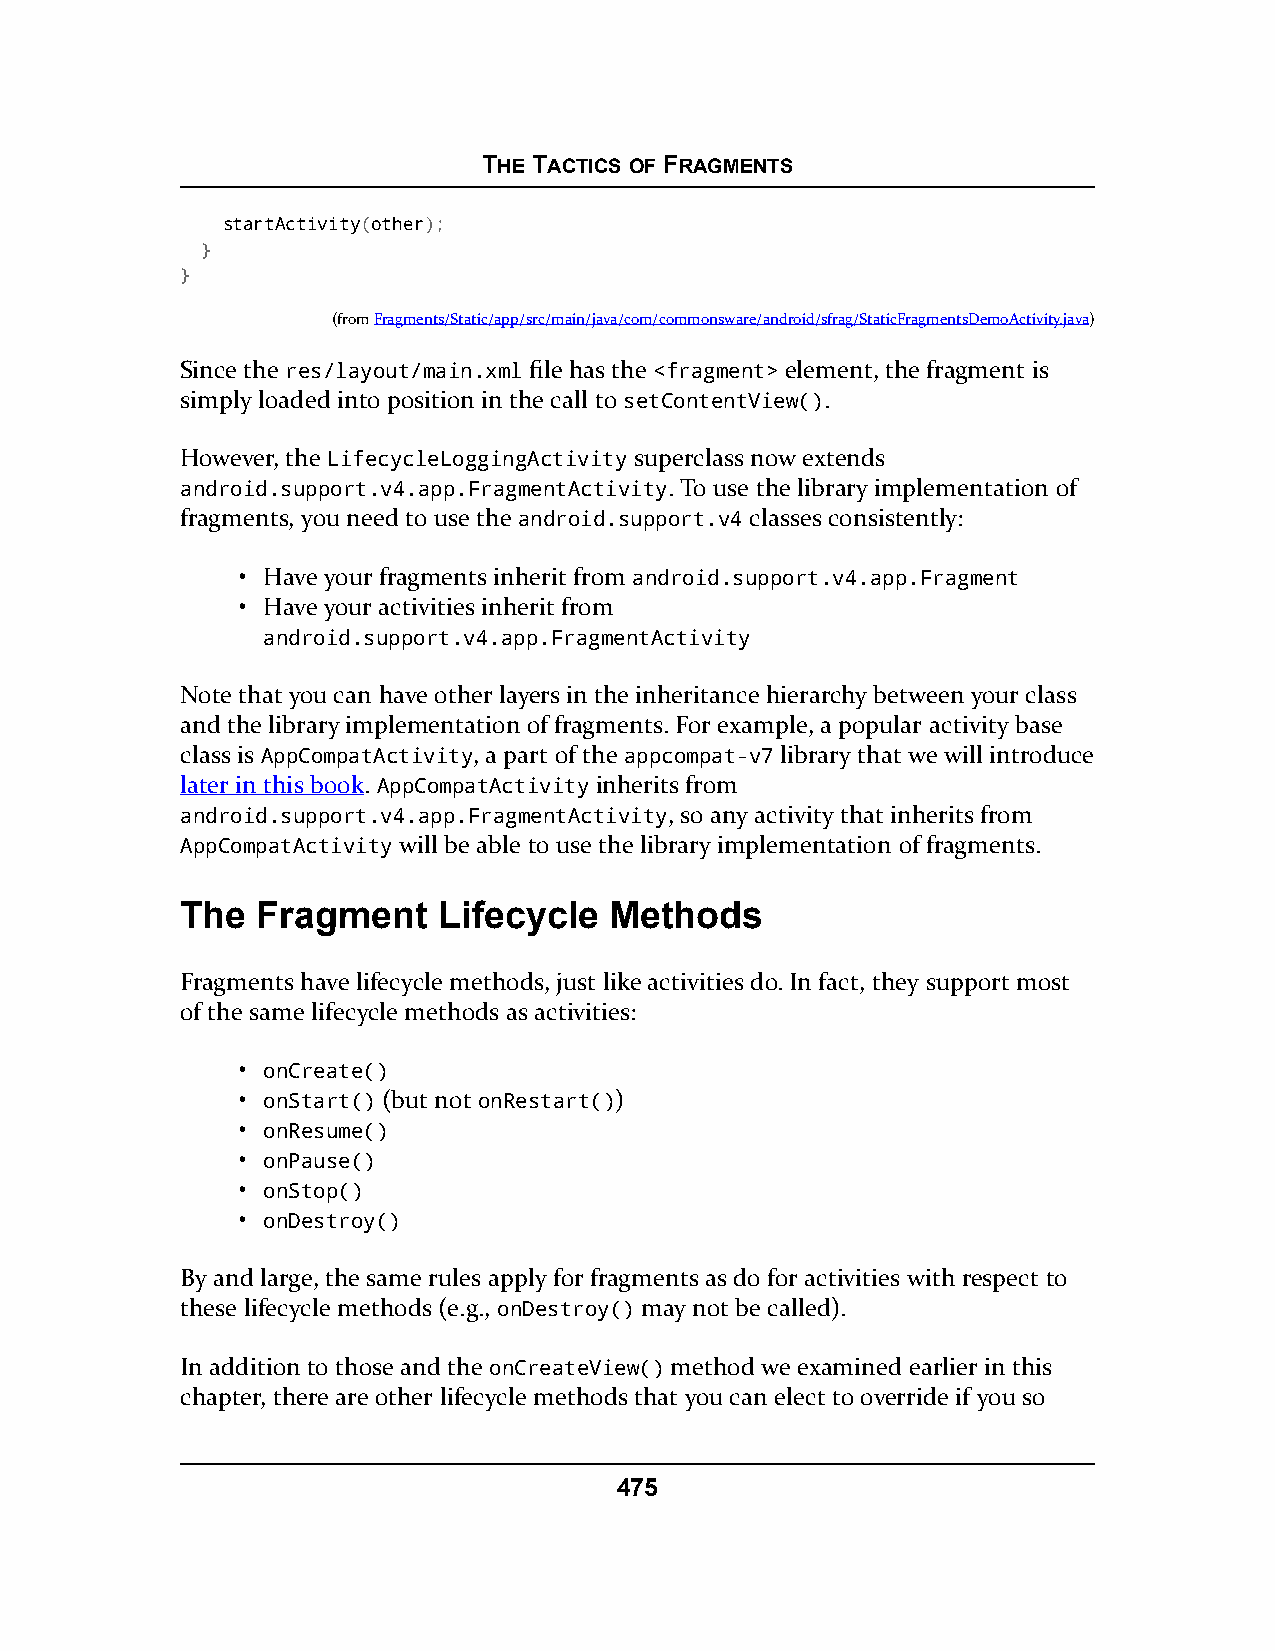
THE TACTICS OF FRAGMENTS
 startActivity(other);
 }
 }
 (fromFragments/Static/app/src/main/java/com/commonsware/android/sfrag/StaticFragmentsDemoActivity.java)
 Since the res/layout/main.xml file has the <fragment> element, the fragment is
 simply loaded into position in the call to setContentView().
 However, the LifecycleLoggingActivity superclass now extends
 android.support.v4.app.FragmentActivity. To use the library implementation of
 fragments, you need to use the android.support.v4 classes consistently:
 • Have your fragments inherit from android.support.v4.app.Fragment
 • Have your activities inherit from
 android.support.v4.app.FragmentActivity
 Note that you can have other layers in the inheritance hierarchy between your class
 and the library implementation of fragments. For example, a popular activity base
 class is AppCompatActivity, a part of the appcompat-v7 library that we will introduce
 later in this book. AppCompatActivity inherits from
 android.support.v4.app.FragmentActivity, so any activity that inherits from
 AppCompatActivity will be able to use the library implementation of fragments.
 The  Fragment    Lifecycle  Methods
 Fragments have lifecycle methods, just like activities do. In fact, they support most
 of the same lifecycle methods as activities:
 • onCreate()
 • onStart() (but not onRestart())
 • onResume()
 • onPause()
 • onStop()
 • onDestroy()
 By and large, the same rules apply for fragments as do for activities with respect to
 these lifecycle methods (e.g., onDestroy() may not be called).
 In addition to those and the onCreateView() method we examined earlier in this
 chapter, there are other lifecycle methods that you can elect to override if you so
 475